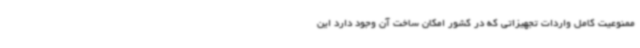
ممنوعیت کامل واردات تجهیزاتی که در کشور امکان ساخت آن وجود دارد این